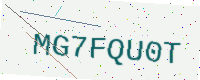
Text: MG7FQU0T